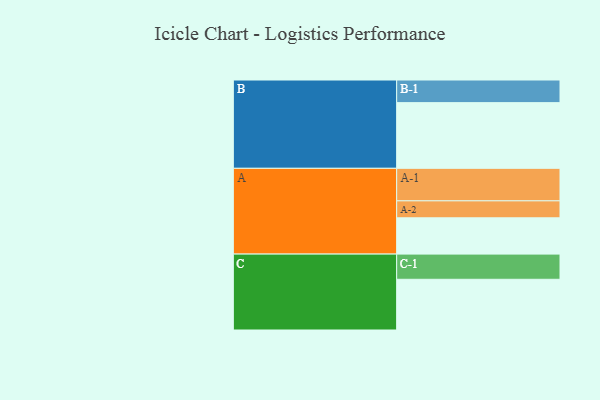
{"axis": {"x": "Segment", "y": "Value"}, "legend": ["", "A", "B", "C"], "data": [{"x": "A", "y": 327, "type": ""}, {"x": "B", "y": 592, "type": ""}, {"x": "C", "y": 457, "type": ""}, {"x": "A-1", "y": 293, "type": "A"}, {"x": "A-2", "y": 153, "type": "A"}, {"x": "B-1", "y": 204, "type": "B"}, {"x": "C-1", "y": 227, "type": "C"}]}